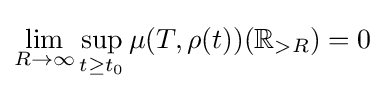
\lim _{R\rightarrow \infty }{\sup _{t\geq t_{0}}{\mu (T,\rho (t))(\mathbb {R} _{>R})}}=0